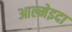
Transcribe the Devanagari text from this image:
आल्मेइदा